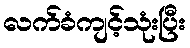
လက်ခံကျင့်သုံးပြီး